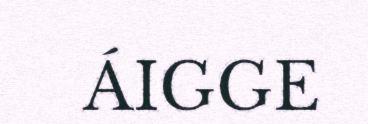
ÁIGGE